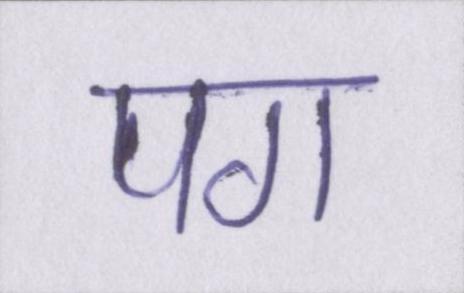
पग